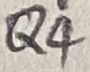
Text: Q4